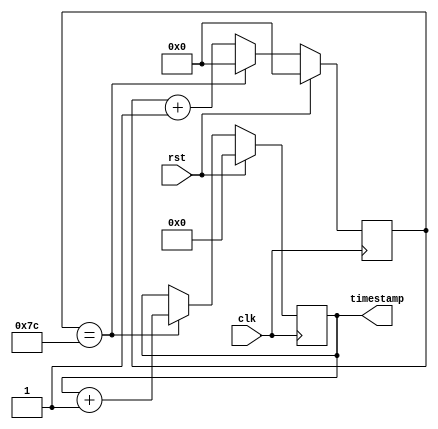

`resetall
`timescale 1ns / 1ps
`default_nettype none

module gen_timestamp 
#(
    parameter CYCLE_NUM_1US = 125
)
(
    input  wire                     clk,
    input  wire                     rst,

    output wire [15:0]              timestamp
);

localparam COUNTER_BITS = $clog2(CYCLE_NUM_1US);

reg [15:0] num_1us = 0;
reg [COUNTER_BITS-1:0] counter = 0;
wire inc = counter == CYCLE_NUM_1US-1;

always @(posedge clk) begin
    if (rst) begin
        counter <= 0;
    end else if (inc) begin
        counter <= 0;
    end else begin
        counter <= counter + 1;
    end
end

always @(posedge clk) begin
    if (rst) begin
        num_1us <= 0;
    end else if (inc) begin
        num_1us <= num_1us + 1;
    end
end

assign timestamp = num_1us;

endmodule

`resetall